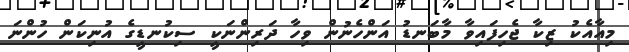
މިއާއެކު ޒިކާ ޖެހިފައިވާ މާބަނޑު އަންހެނުން ވިހާ ދަރިންނަކީ ސިކުނޑީގެ އުނިކަން ހުންނަ